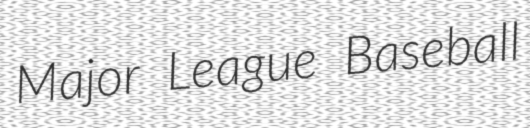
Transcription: Major League Baseball